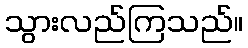
သွားလည်ကြသည်။